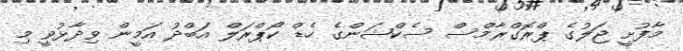
މާފުށީ ޖަލުގެ ޕްރޮގްރާމްސް ސެކްޝަންގެ ހެޑް ކޯޕްރަލް އަބްދު އަމީން ވިދާޅުވީ މި